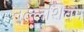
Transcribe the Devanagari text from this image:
नल्लशिवम